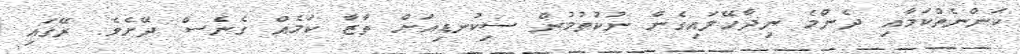
ކަންނެތްކަމާއި ދެންމެ ނިދާހޭލައިގެން ނުކުތުމުން ސިކުނޑިއަށް ތާޒާ ކަމެއް ގެނެސް ދޭށެވެ. ރޭގައި